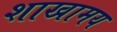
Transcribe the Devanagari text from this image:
शाखामय